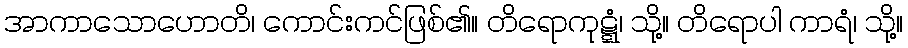
အာကာသောဟောတိ၊ ကောင်းကင်ဖြစ်၏။ တိရောကုဋ္ဋံ၊ သို့။ တိရောပါ ကာရံ၊ သို့။